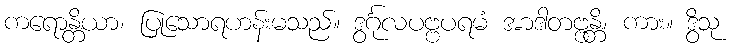
ကရောန္တိယာ၊ ပြုသောရဟန်းမသည်။ ဒွင်္ဂုလပဗ္ဗပရမံ အာဒါတဗ္ဗန္တိ၊ ကား။ ဒွိသု